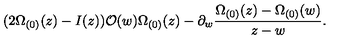
( 2 \Omega _ { ( 0 ) } ( z ) - I ( z ) ) { \cal O } ( w ) \Omega _ { ( 0 ) } ( z ) - \partial _ { w } \frac { \Omega _ { ( 0 ) } ( z ) - \Omega _ { ( 0 ) } ( w ) } { z - w } .